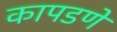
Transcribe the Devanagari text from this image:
कापडणे